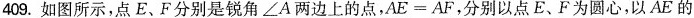
409.如图所示，点E、F分别是锐角∠A两边上的点，AE=AF，分别以点E、F为圆心，以AE的